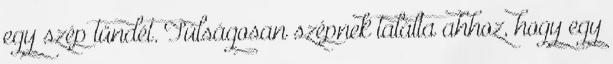
egy szép tündét. Túlságosan szépnek találta ahhoz, hogy egy